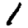
Digit: 1